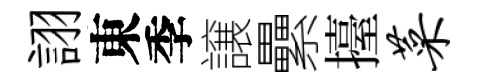
詡東季譲纍擡菜